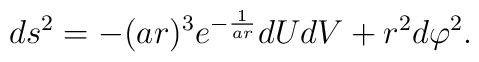
ds^2 = - (ar)^3             e^{-\frac{1}{ar}}             dUdV           + r^2 d\varphi^2.